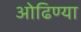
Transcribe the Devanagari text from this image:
ओढिण्या